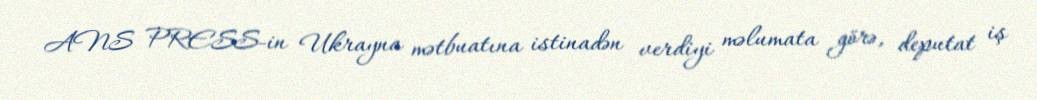
ANS PRESS-in Ukrayna mətbuatına istinadən verdiyi məlumata görə, deputat iş